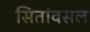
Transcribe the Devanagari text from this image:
सितांवसल